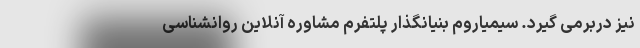
نیز دربرمی گیرد. سیمیاروم بنیانگذار پلتفرم مشاوره آنلاین روانشناسی